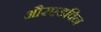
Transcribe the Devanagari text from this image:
औरएडविन